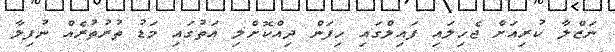
ނަޒްލާ ކުރިއަށް ޖެހިލައި ފައިލްގައި ހިފަން ދިއްކޮށްލި އަތުގައި މަޑު ތުރުތުރެއް ނުފިލާ